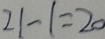
2 1 - 1 = 2 0